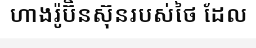
ហាងរ៉ូប៊ិនស៊ុនរបស់ថៃ ដែល